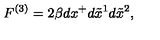
F ^ { ( 3 ) } = 2 \beta d x ^ { + } d \tilde { x } ^ { 1 } d \tilde { x } ^ { 2 } ,